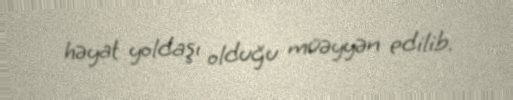
həyat yoldaşı olduğu müəyyən edilib.